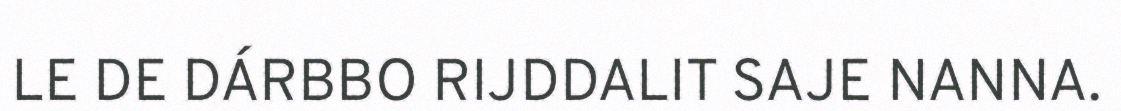
LE DE DÁRBBO RIJDDALIT SAJE NANNA.